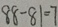
8 8 - 8 1 = 7